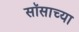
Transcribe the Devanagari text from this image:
सॉसाच्या